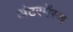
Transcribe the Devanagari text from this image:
अंटरमेंस्च